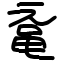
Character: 鼋